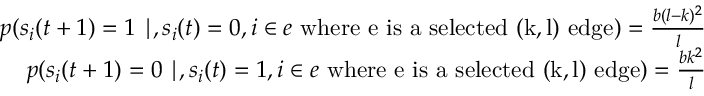
\begin{array} { r } { p ( s _ { i } ( t + 1 ) = 1 \mid , s _ { i } ( t ) = 0 , i \in e \mathrm { ~ w h e r e ~ e ~ i s ~ a ~ s e l e c t e d ~ ( k , l ) ~ e d g e } ) = \frac { b ( l - k ) ^ { 2 } } { l } } \\ { p ( s _ { i } ( t + 1 ) = 0 \mid , s _ { i } ( t ) = 1 , i \in e \mathrm { ~ w h e r e ~ e ~ i s ~ a ~ s e l e c t e d ~ ( k , l ) ~ e d g e } ) = \frac { b k ^ { 2 } } { l } } \end{array}